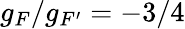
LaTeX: g_{F}/g_{F^{\prime}}=-3/4